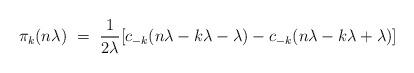
LaTeX: \begin{align*}\pi_k (n\lambda )\ =\ \frac{1}{2\lambda} [c_{-k} (n\lambda -k\lambda-\lambda )-c_{-k} (n\lambda -k\lambda +\lambda )]\end{align*}